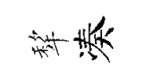
犂凑